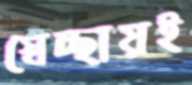
স্বেচ্ছায়ই